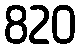
820